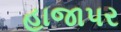
હાજાપર